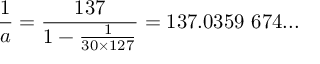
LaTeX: { \frac { 1 } { a } } = { \frac { 1 3 7 } { 1 - { \frac { 1 } { 3 0 \times 1 2 7 } } } } = 1 3 7 . 0 3 5 9 \ 6 7 4 . . . \nonumber